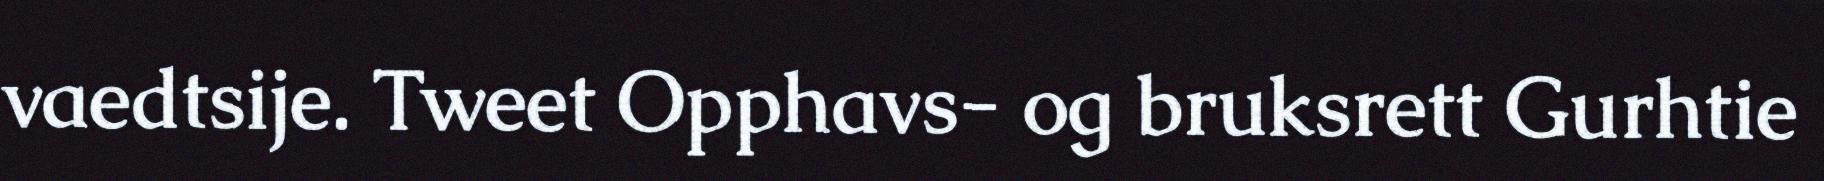
vaedtsije. Tweet Opphavs- og bruksrett Gurhtie